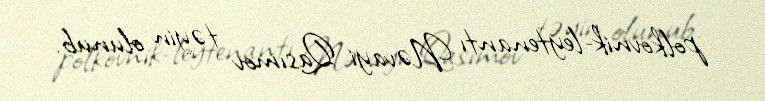
polkovnik-leytenantı Nəvayi Qasımov təyin olunub.